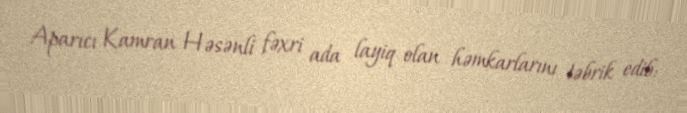
Aparıcı Kamran Həsənli fəxri ada layiq olan həmkarlarını təbrik edib: